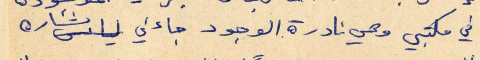
في مكتبي وهي نادرة الوجود جاءني بشاره